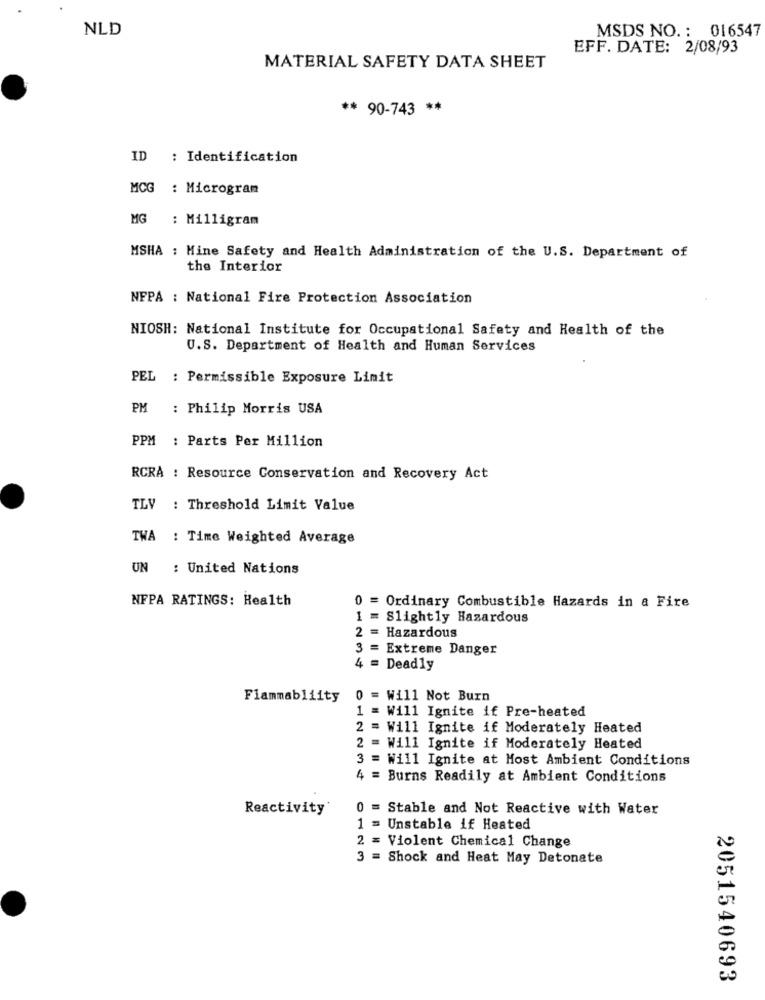
NLD
MSDS NO. : 016547
EFF. DATE: 2/08/93
MATERIAL SAFETY DATA SHEET
** 90-743 **
ID : Identification
MCG
: Microgram
MG
: Milligram
MSHA : Mine Safety and Health Administration of the U.S. Department of
the Interior
NFPA : National Fire Protection Association
NIOSH: National Institute for Occupational Safety and Health of the
U.S. Department of Health and Human Services
PEL : Permissible Exposure Limit
PM
: Philip Morris USA
PPM : Parts Per Million
RCRA : Resource Conservation and Recovery Act
TLV : Threshold Limit Value
TWA : Time Weighted Average
UN
: United Nations
NFPA RATINGS: Health
0 = Ordinary Combustible Hazards in a Fire
1 =
Slightly Hazardous
2 = Hazardous
3 =
Extreme Danger
4 =
Deadly
Fiammabliity
0 = Will Not Burn
1 = Will Ignite if Pre-heated
2 = Will Ignite if Moderately Heated
2 =
Will Ignite if Moderately Heated
3 =
Will Ignite at Most Ambient Conditions
4 = Burns Readily at Ambient Conditions
Reactivity
= Stable and Not Reactive with Water
= Unstable if Heated
2 = Violent Chemical Change
3 = Shock and Heat May Detonate
2051540693